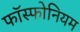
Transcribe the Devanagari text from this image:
फॉस्फोनियम